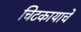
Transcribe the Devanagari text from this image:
चिटकायाचे